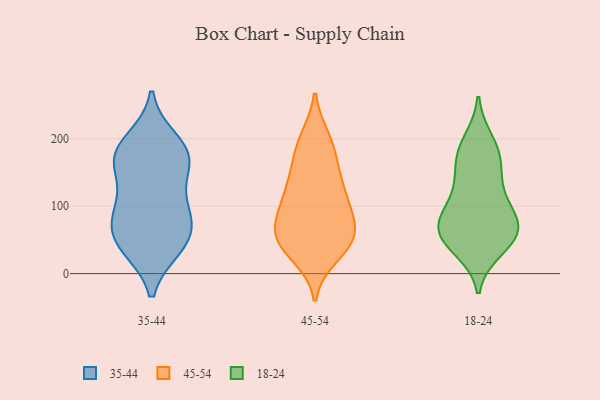
{"axis": {"x": "Inventory Turnover", "y": "Value"}, "legend": ["18-24", "35-44", "45-54"], "data": [{"x": "", "y": 100, "type": "35-44"}, {"x": "", "y": 173, "type": "35-44"}, {"x": "", "y": 45, "type": "35-44"}, {"x": "", "y": 89, "type": "35-44"}, {"x": "", "y": 185, "type": "35-44"}, {"x": "", "y": 39, "type": "35-44"}, {"x": "", "y": 157, "type": "35-44"}, {"x": "", "y": 75, "type": "35-44"}, {"x": "", "y": 40, "type": "35-44"}, {"x": "", "y": 165, "type": "35-44"}, {"x": "", "y": 172, "type": "35-44"}, {"x": "", "y": 197, "type": "35-44"}, {"x": "", "y": 106, "type": "35-44"}, {"x": "", "y": 60, "type": "35-44"}, {"x": "", "y": 90, "type": "45-54"}, {"x": "", "y": 84, "type": "45-54"}, {"x": "", "y": 198, "type": "45-54"}, {"x": "", "y": 111, "type": "45-54"}, {"x": "", "y": 200, "type": "45-54"}, {"x": "", "y": 125, "type": "45-54"}, {"x": "", "y": 79, "type": "45-54"}, {"x": "", "y": 41, "type": "45-54"}, {"x": "", "y": 162, "type": "45-54"}, {"x": "", "y": 55, "type": "45-54"}, {"x": "", "y": 125, "type": "45-54"}, {"x": "", "y": 62, "type": "45-54"}, {"x": "", "y": 39, "type": "45-54"}, {"x": "", "y": 44, "type": "45-54"}, {"x": "", "y": 178, "type": "45-54"}, {"x": "", "y": 62, "type": "45-54"}, {"x": "", "y": 27, "type": "45-54"}, {"x": "", "y": 136, "type": "45-54"}, {"x": "", "y": 68, "type": "18-24"}, {"x": "", "y": 85, "type": "18-24"}, {"x": "", "y": 55, "type": "18-24"}, {"x": "", "y": 37, "type": "18-24"}, {"x": "", "y": 160, "type": "18-24"}, {"x": "", "y": 59, "type": "18-24"}, {"x": "", "y": 196, "type": "18-24"}, {"x": "", "y": 131, "type": "18-24"}, {"x": "", "y": 84, "type": "18-24"}, {"x": "", "y": 61, "type": "18-24"}, {"x": "", "y": 123, "type": "18-24"}, {"x": "", "y": 88, "type": "18-24"}, {"x": "", "y": 46, "type": "18-24"}, {"x": "", "y": 173, "type": "18-24"}, {"x": "", "y": 182, "type": "18-24"}]}